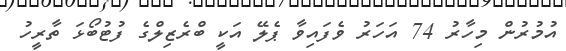
އުމުރުން މިހާރު 74 އަހަރު ވެފައިވާ ޕެލޭ އަކީ ބްރެޒިލްގެ ފުޓުބޯޅަ ތާރީހު